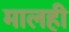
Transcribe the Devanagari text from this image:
मालही